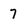
Character: 7